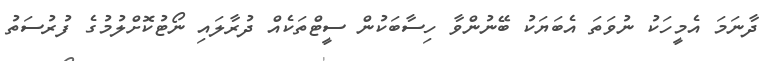
ދާނަމަ އެމީހަކު ނުވަތަ އެބަޔަކު ބޭނުންވާ ހިސާބަކުން ސީޓްތަކެއް ދުރާލައި ނޯޓުކޮށްލުމުގެ ފުރުސަތު